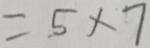
= . 5 \times 7